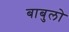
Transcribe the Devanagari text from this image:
बाबुलो